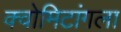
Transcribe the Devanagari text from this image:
क्वोमिटांगला